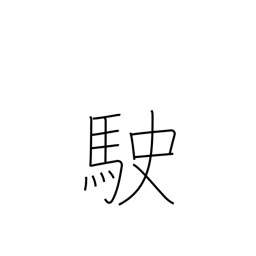
Meaning: run fast